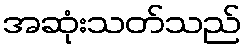
အဆုံးသတ်သည်